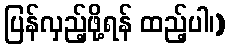
ပြန်လှည့်ဖို့ရန် ထည့်ပါ၊)